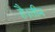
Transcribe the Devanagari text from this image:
है।तीन